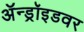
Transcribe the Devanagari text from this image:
ॲन्ड्रॉइडवर